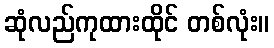
ဆုံလည်ကုထားထိုင် တစ်လုံး။